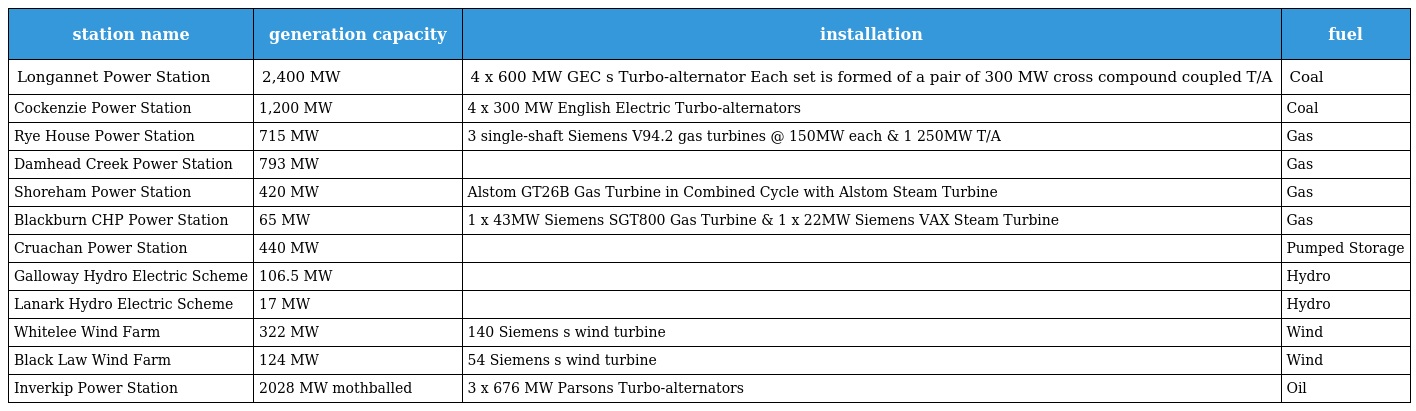
| station name | generation capacity | installation | fuel |
 | --- | --- | --- | --- |
 | Longannet Power Station | 2,400 MW | 4 x 600 MW GEC s Turbo-alternator Each set is formed of a pair of 300 MW cross compound coupled T/A | Coal |
 | Cockenzie Power Station | 1,200 MW | 4 x 300 MW English Electric Turbo-alternators | Coal |
 | Rye House Power Station | 715 MW | 3 single-shaft Siemens V94.2 gas turbines @ 150MW each & 1 250MW T/A | Gas |
 | Damhead Creek Power Station | 793 MW |  | Gas |
 | Shoreham Power Station | 420 MW | Alstom GT26B Gas Turbine in Combined Cycle with Alstom Steam Turbine | Gas |
 | Blackburn CHP Power Station | 65 MW | 1 x 43MW Siemens SGT800 Gas Turbine & 1 x 22MW Siemens VAX Steam Turbine | Gas |
 | Cruachan Power Station | 440 MW |  | Pumped Storage |
 | Galloway Hydro Electric Scheme | 106.5 MW |  | Hydro |
 | Lanark Hydro Electric Scheme | 17 MW |  | Hydro |
 | Whitelee Wind Farm | 322 MW | 140 Siemens s wind turbine | Wind |
 | Black Law Wind Farm | 124 MW | 54 Siemens s wind turbine | Wind |
 | Inverkip Power Station | 2028 MW mothballed | 3 x 676 MW Parsons Turbo-alternators | Oil |